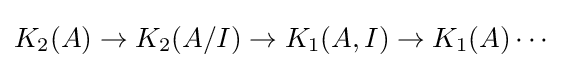
K_{2}(A)\rightarrow K_{2}(A/I)\rightarrow K_{1}(A,I)\rightarrow K_{1}(A)\cdots \